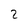
Character: 2